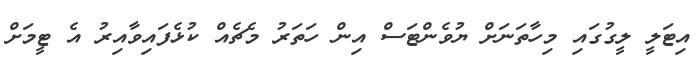
އިޓަލީ ލީގުގައި މިހާތަނަށް ޔުވެންޓަސް އިން ހަތަރު މެޗެއް ކުޅެފައިވާއިރު އެ ޓީމަށް